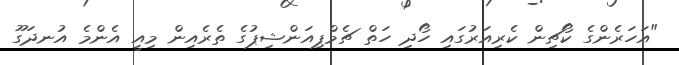
"އަހަރެންގެ ކޯޗިން ކެރިއަރުގައި ހޯދި ހަތް ޗެމްޕިއަންޝިޕުގެ ތެރެއިން މިއީ އެންމެ އުނދަގޫ